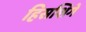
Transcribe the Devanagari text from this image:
हिसशिगे